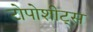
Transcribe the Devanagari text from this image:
टोपोशीट्स